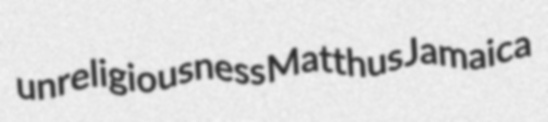
unreligiousness Matthus Jamaica